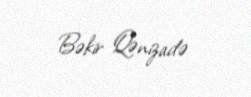
Bəkir Qənizadə